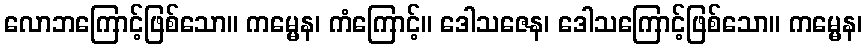
လောဘကြောင့်ဖြစ်သော။ ကမ္မေန၊ ကံကြောင့်။ ဒေါသဇေန၊ ဒေါသကြောင့်ဖြစ်သော။ ကမ္မေန၊